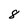
Character: 8